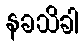
နခသိခါ